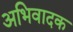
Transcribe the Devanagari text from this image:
अभिवादक